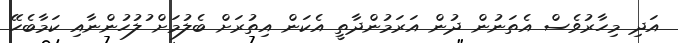
އަދި މިހާރުވެސް އެތަނުން ދުން އަރަމުންދާތީ އެކަން އިތުރަށް ބެލުމަށް ުލުހުންނާއި ކަމާބެހޭ